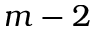
m - 2